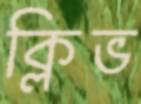
ক্লিভ